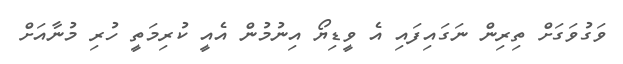
ވަގުވަގަށް ތިރިން ނަގައިފައި އެ ވީޑިޔޯ އިނުމުން އެއީ ކުރިމަތިީ ހުރި މުނާއަށް